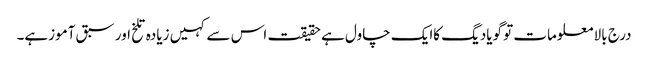
درج بالا معلومات تو گویادیگ کاایک چاول ہے حقیقت اس سے کہیں زیادہ تلخ اور سبق آموزہے۔